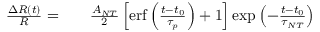
\begin{array} { r l r } { \frac { \Delta R ( t ) } { R } = } & { { } } & { \frac { A _ { N T } } { 2 } \left[ \mathrm { e r f } \left( \frac { t - t _ { 0 } } { \tau _ { p } } \right) + 1 \right] \exp \left( - \frac { t - t _ { 0 } } { \tau _ { N T } } \right) } \end{array}